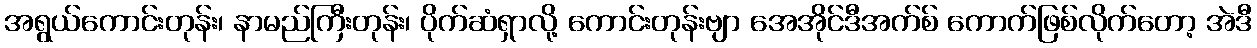
အရွယ်ကောင်းတုန်း၊ နာမည်ကြီးတုန်း၊ ပိုက်ဆံရှာလို့ ကောင်းတုန်းဗျာ အေအိုင်ဒီအက်စ် ကောက်ဖြစ်လိုက်တော့ အဲဒီ